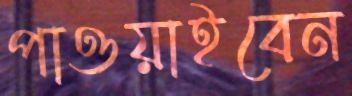
পাওয়াইবেন